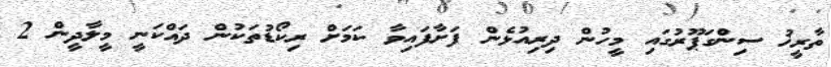
ތާރީޚު ސިންގަޕޫރުގައި މީހުން ދިރިއުޅެން ފަށާފައިވާ ކަމަށް ރިކޯޑުތަކުން ދައްކަނީ މީލާދީން 2